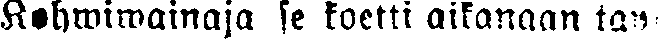
Kohwiwainaja se koetti aikanaan tap-